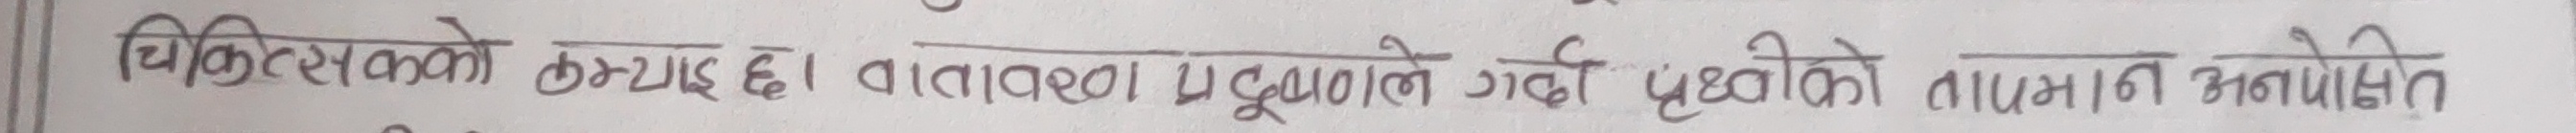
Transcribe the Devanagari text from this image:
चिकित्सकको कमी छ। वातावरण प्रदूषणले गर्दा पृथ्वीको तापमान अनपेक्षित